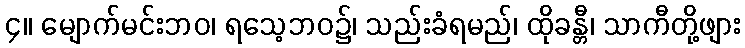
၄။ မျောက်မင်းဘဝ၊ ရသေ့ဘဝ၌၊ သည်းခံရမည်၊ ထိုခန္တီ၊ သာကီတို့ဖျား